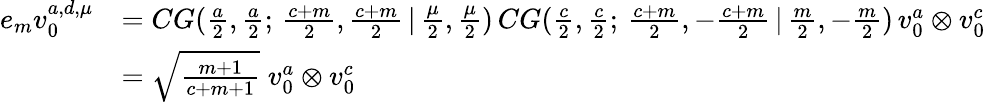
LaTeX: \begin{array}{rl}{e_{m}v_{0}^{a,d,\mu}}&{=CG(\frac{a}{2},\frac{a}{2};\, \frac{c+m}{2},\frac{c+m}{2}\, |\, \frac{\mu}{2},\frac{\mu}{2})\, CG(\frac{c}{2},\frac{c}{2};\, \frac{c+m}{2},-\frac{c+m}{2}\, |\, \frac{m}{2},-\frac{m}{2})\, v_{0}^{a}\otimes v_{0}^{c}}\\ &{=\sqrt{\frac{m+1}{c+m+1}}\; v_{0}^{a}\otimes v_{0}^{c}}\end{array}